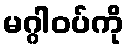
မဂ္ဂါဝပ်ကို